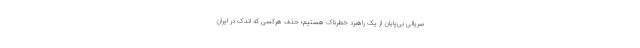
سریالی بی‌پایان از یک راهبرد خطرناک هستیم؛ حذف هرکسی که اندک در ایران